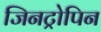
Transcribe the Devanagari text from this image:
जिनट्रोपिन